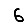
Digit: 6